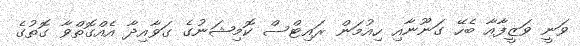
ވަނީ ވަޒީފާއާ ބެހޭ ގަނޫނާއި ހިއުމަން ރައިޓްސް ކޮމިޝަނުގެ ގަވާއިދާ އެއްގޮތްވާ ގޮތުގެ